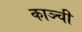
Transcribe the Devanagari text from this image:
काञ्ची